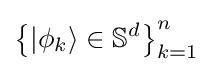
\left\{|\phi _{k}\rangle \in \mathbb {S} ^{d}\right\}_{k=1}^{n}